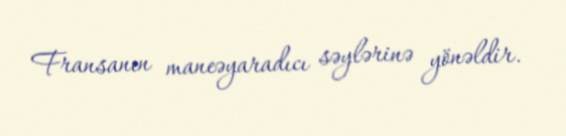
Fransanın maneəyaradıcı səylərinə yönəldir.